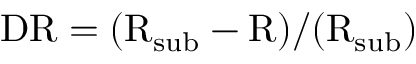
\ensuremath { \mathrm { D R } } = ( \mathrm { R _ { s u b } } - \mathrm { R } ) / ( \mathrm { R _ { s u b } } )